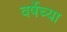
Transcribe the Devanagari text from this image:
वर्षेच्या